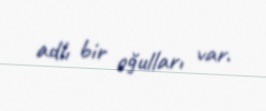
adlı bir oğulları var.